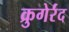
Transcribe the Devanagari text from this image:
क्रुगेर्रंद